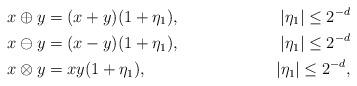
LaTeX: \begin{align*}&x\oplus y=(x+y)(1+\eta_1), & |\eta_1|\le 2^{-d}\\&x\ominus y=(x-y)(1+\eta_1),& |\eta_1|\le 2^{-d}\\&x\otimes y=xy(1+\eta_1), & |\eta_1|\le 2^{-d},\end{align*}